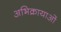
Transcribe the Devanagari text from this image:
अभिक्रायाओं